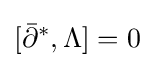
[{\bar {\partial }}^{*},\Lambda ]=0